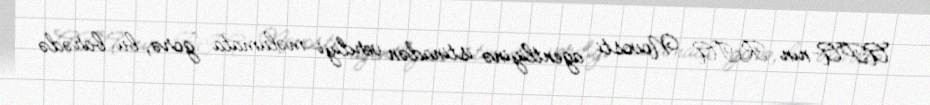
APA-nın RİA Novosti agentliyinə istinadən verdiyi məlumata görə, bu barədə